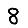
Digit: 8